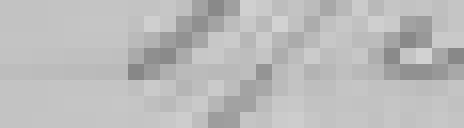
175